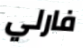
فارلي